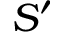
S ^ { \prime }